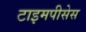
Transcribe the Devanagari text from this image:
टाइमपीसेस